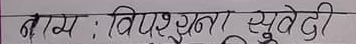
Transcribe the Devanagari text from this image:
नाम : विपश्यना सुवेदी